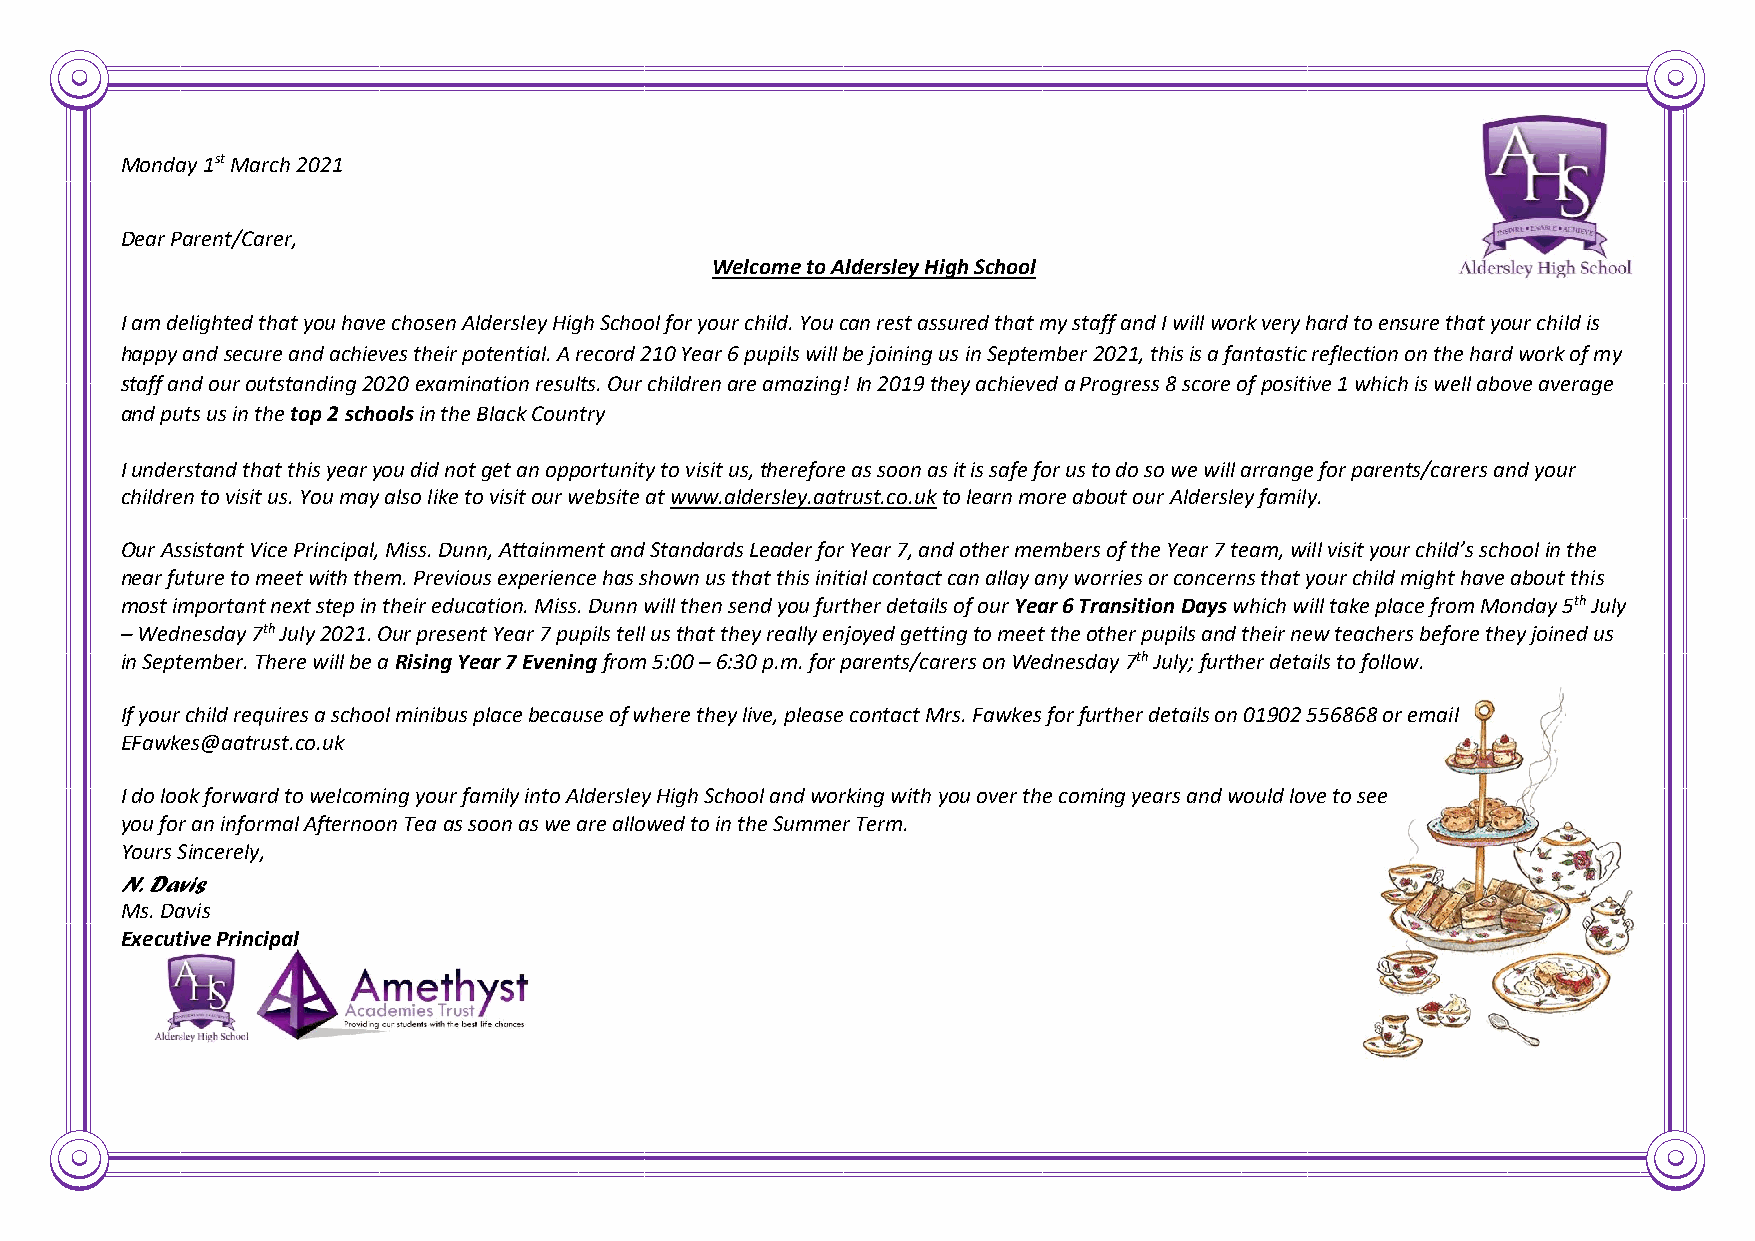
Monday 1st March 2021
 Dear Parent/Carer,
 Welcome to Aldersley High School
 I am delighted that you have chosen Aldersley High School for your child. You can rest assured that my staff and I will work very hard to ensure that your child is
 happy and secure and achieves their potential. A record 210 Year 6 pupils will be joining us in September 2021, this is a fantastic reflection on the hard work of my
 staff and our outstanding 2020 examination results. Our children are amazing! In 2019 they achieved a Progress 8 score of positive 1 which is well above average
 and puts us in the top 2 schools in the Black Country
 I understand that this year you did not get an opportunity to visit us, therefore as soon as it is safe for us to do so we will arrange for parents/carers and your
 children to visit us. You may also like to visit our website at www.aldersley.aatrust.co.uk to learn more about our Aldersley family.
 Our Assistant Vice Principal, Miss. Dunn, Attainment and Standards Leader for Year 7, and other members of the Year 7 team, will visit your child’s school in the
 near future to meet with them. Previous experience has shown us that this initial contact can allay any worries or concerns that your child might have about this
 most important next step in their education. Miss. Dunn will then send you further details of our Year 6 Transition Days which will take place from Monday 5th July
 – Wednesday 7th July 2021. Our present Year 7 pupils tell us that they really enjoyed getting to meet the other pupils and their new teachers before they joined us
 in September. There will be a Rising Year 7 Evening from 5:00 – 6:30 p.m. for parents/carers on Wednesday 7th July; further details to follow.
 If your child requires a school minibus place because of where they live, please contact Mrs. Fawkes for further details on 01902 556868 or email
 EFawkes@aatrust.co.uk
 I do look forward to welcoming your family into Aldersley High School and working with you over the coming years and would love to see
 you for an informal Afternoon Tea as soon as we are allowed to in the Summer Term.
 Yours Sincerely,
 N. Davis
 Ms. Davis
 Executive Principal